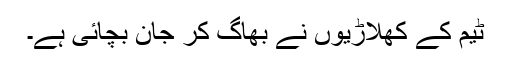
ٹیم کے کھلاڑیوں نے بھاگ کر جان بچائی ہے۔